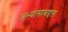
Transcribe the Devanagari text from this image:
अभ्यासाबद्दल